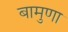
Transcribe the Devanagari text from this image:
बामुणा